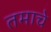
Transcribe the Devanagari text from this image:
तमाचे